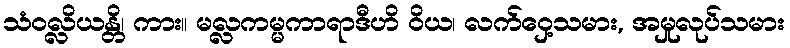
သံဝလ္လိယန္တိ၊ ကား။ မလ္လကမ္မကာရာဒီဟိ ဝိယ၊ လက်ဝှေ့သမား, အမှုလုပ်သမား